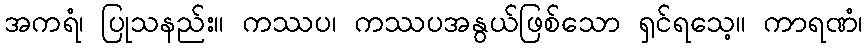
အကရံ၊ ပြုသနည်း။ ကဿပ၊ ကဿပအနွယ်ဖြစ်သော ရှင်ရသေ့။ ကာရဏံ၊